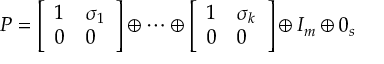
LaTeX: P = { \left[ \begin{array} { l l } { 1 } & { \sigma _ { 1 } } \\ { 0 } & { 0 } \end{array} \right] } \oplus \cdots \oplus { \left[ \begin{array} { l l } { 1 } & { \sigma _ { k } } \\ { 0 } & { 0 } \end{array} \right] } \oplus I _ { m } \oplus 0 _ { s }